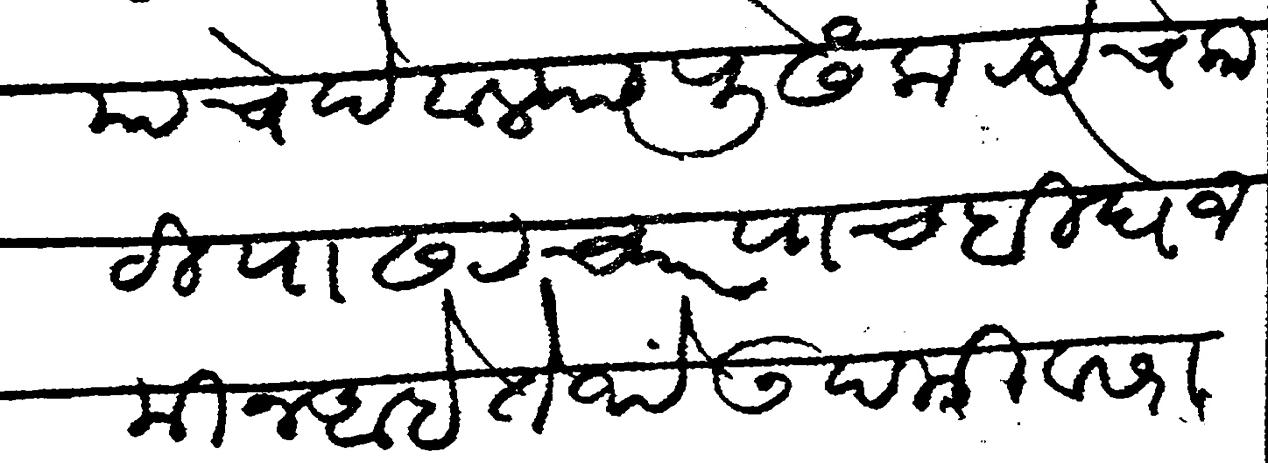
Transliteration (Devanagari): याचे देवाल्या पुढे कन्हेचे काठी पाढर च्यार पाच बिघे जमीन अहे तेथे उदमी व सराफ